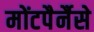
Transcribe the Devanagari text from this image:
मोंटपैर्नैसे